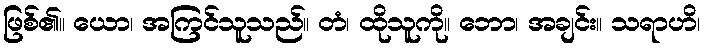
ဖြစ်၏။ ယော၊ အကြင်သူသည်။ တံ၊ ထိုသူကို။ ဘော၊ အချင်း။ သရာဟိ၊